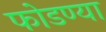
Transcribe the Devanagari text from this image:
फोडण्या